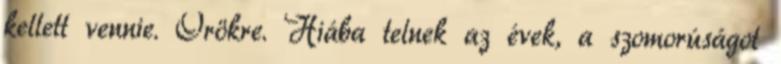
kellett vennie. Örökre. Hiába telnek az évek, a szomorúságot